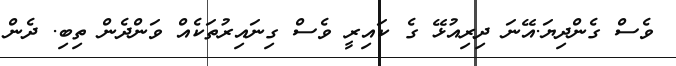
ވެސް ގެންދިޔަ.އޭނަ ދިރިއުޅޭ ގެ ކައިރީ ވެސް ގިނައިރުތަކެއް ވަންދެން ތިބި. ދެން